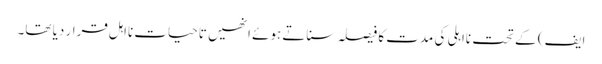
ایف) کے تحت نااہلی کی مدت کا فیصلہ سناتے ہوئے انھیں تاحیات نااہل قرار دیا تھا۔